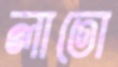
লাতো